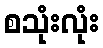
စသုံးလုံး